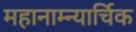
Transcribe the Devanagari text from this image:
महानाम्न्यार्चिक